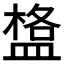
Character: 𥂌